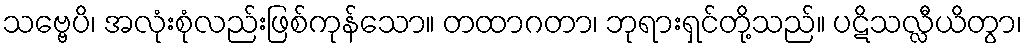
သဗ္ဗေပိ၊ အလုံးစုံလည်းဖြစ်ကုန်သော။ တထာဂတာ၊ ဘုရားရှင်တို့သည်။ ပဋိသလ္လီယိတွာ၊